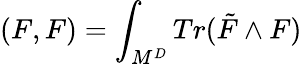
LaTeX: (F,F)=\int_{M^{D}}Tr(\tilde{F}\wedge F)